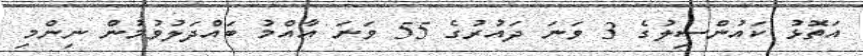
އަތޮޅު ކައުންސިލުގެ 3 ވަނަ ދައުރުގެ 55 ވަނަ އާއްމު ބައްދަލުވުމުން ނިންމި